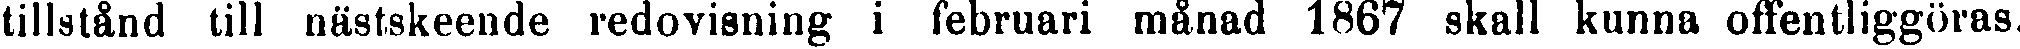
tillstånd till nästskeende redovisning i februari månad 1867 skall kunna offentliggöras.